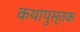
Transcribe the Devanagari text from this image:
कथापुस्तक